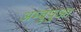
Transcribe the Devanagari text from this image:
अम्बुपुआ